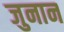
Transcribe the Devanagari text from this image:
जुनान